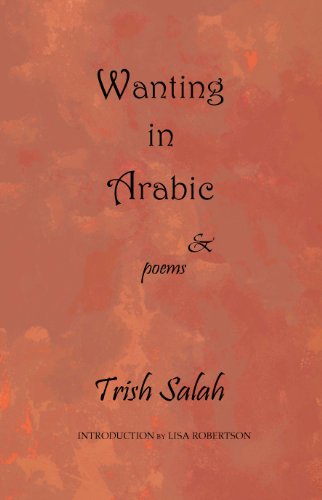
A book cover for Wanting in Arabic: Second Edition; Trish Salah; Gay & Lesbian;